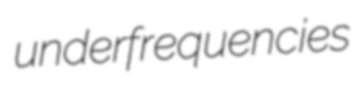
underfrequencies